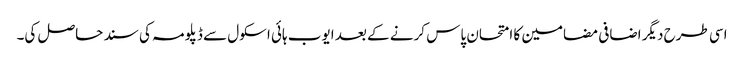
اسی طرح دیگر اضافی مضامین کا امتحان پاس کرنے کے بعد ایوب ہائی اسکول سے ڈپلومہ کی سند حاصل کی۔